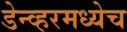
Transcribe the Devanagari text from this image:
डेन्व्हरमध्येच